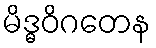
မိဒ္ဓဝိဂတေန